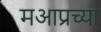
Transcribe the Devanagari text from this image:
मआप्रच्या